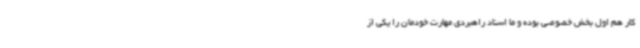
کار هم اول بخش خصوصی بوده و ما اسناد راهبردی مهارت خودمان را یکی از